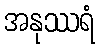
အနုဿရံ